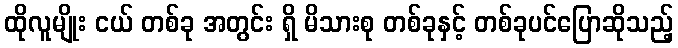
ထိုလူမျိုး ငယ် တစ်ခု အတွင်း ရှိ မိသားစု တစ်ခုနှင့် တစ်ခုပင်ပြောဆိုသည့်